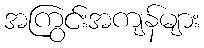
အကြွင်းအကျန်များ